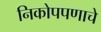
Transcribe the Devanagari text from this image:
निकोपपणाचे